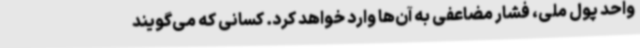
واحد پول ملی، فشار مضاعفی به آن‌ها وارد خواهد کرد. کسانی که می‌گویند